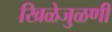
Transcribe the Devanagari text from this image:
खिळेजुळणी